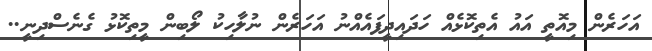
އަހަރެން މިއޮތީ އައު އެތިކޮޅެއް ހަދައިދީފައެއްނު އަހަރެން ނުލާހިކު ލޯބިން މީތިކޮޅު ގެނެސްދިނީ..